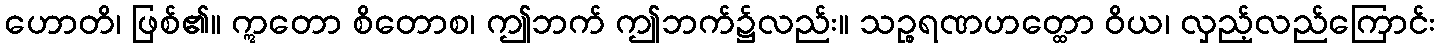
ဟောတိ၊ ဖြစ်၏။ ဣတော စိတောစ၊ ဤဘက် ဤဘက်၌လည်း။ သဉ္စရဏဟတ္ထော ဝိယ၊ လှည့်လည်ကြောင်း